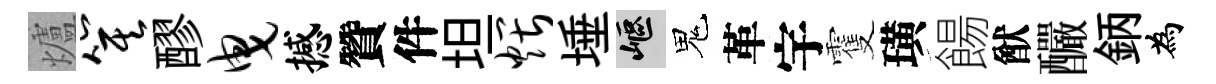
爐箕醪曳撼贊件坦煨埵嶇鬼革宇䨥璜餳猷釅鈵為